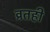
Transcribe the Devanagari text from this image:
व्रतही